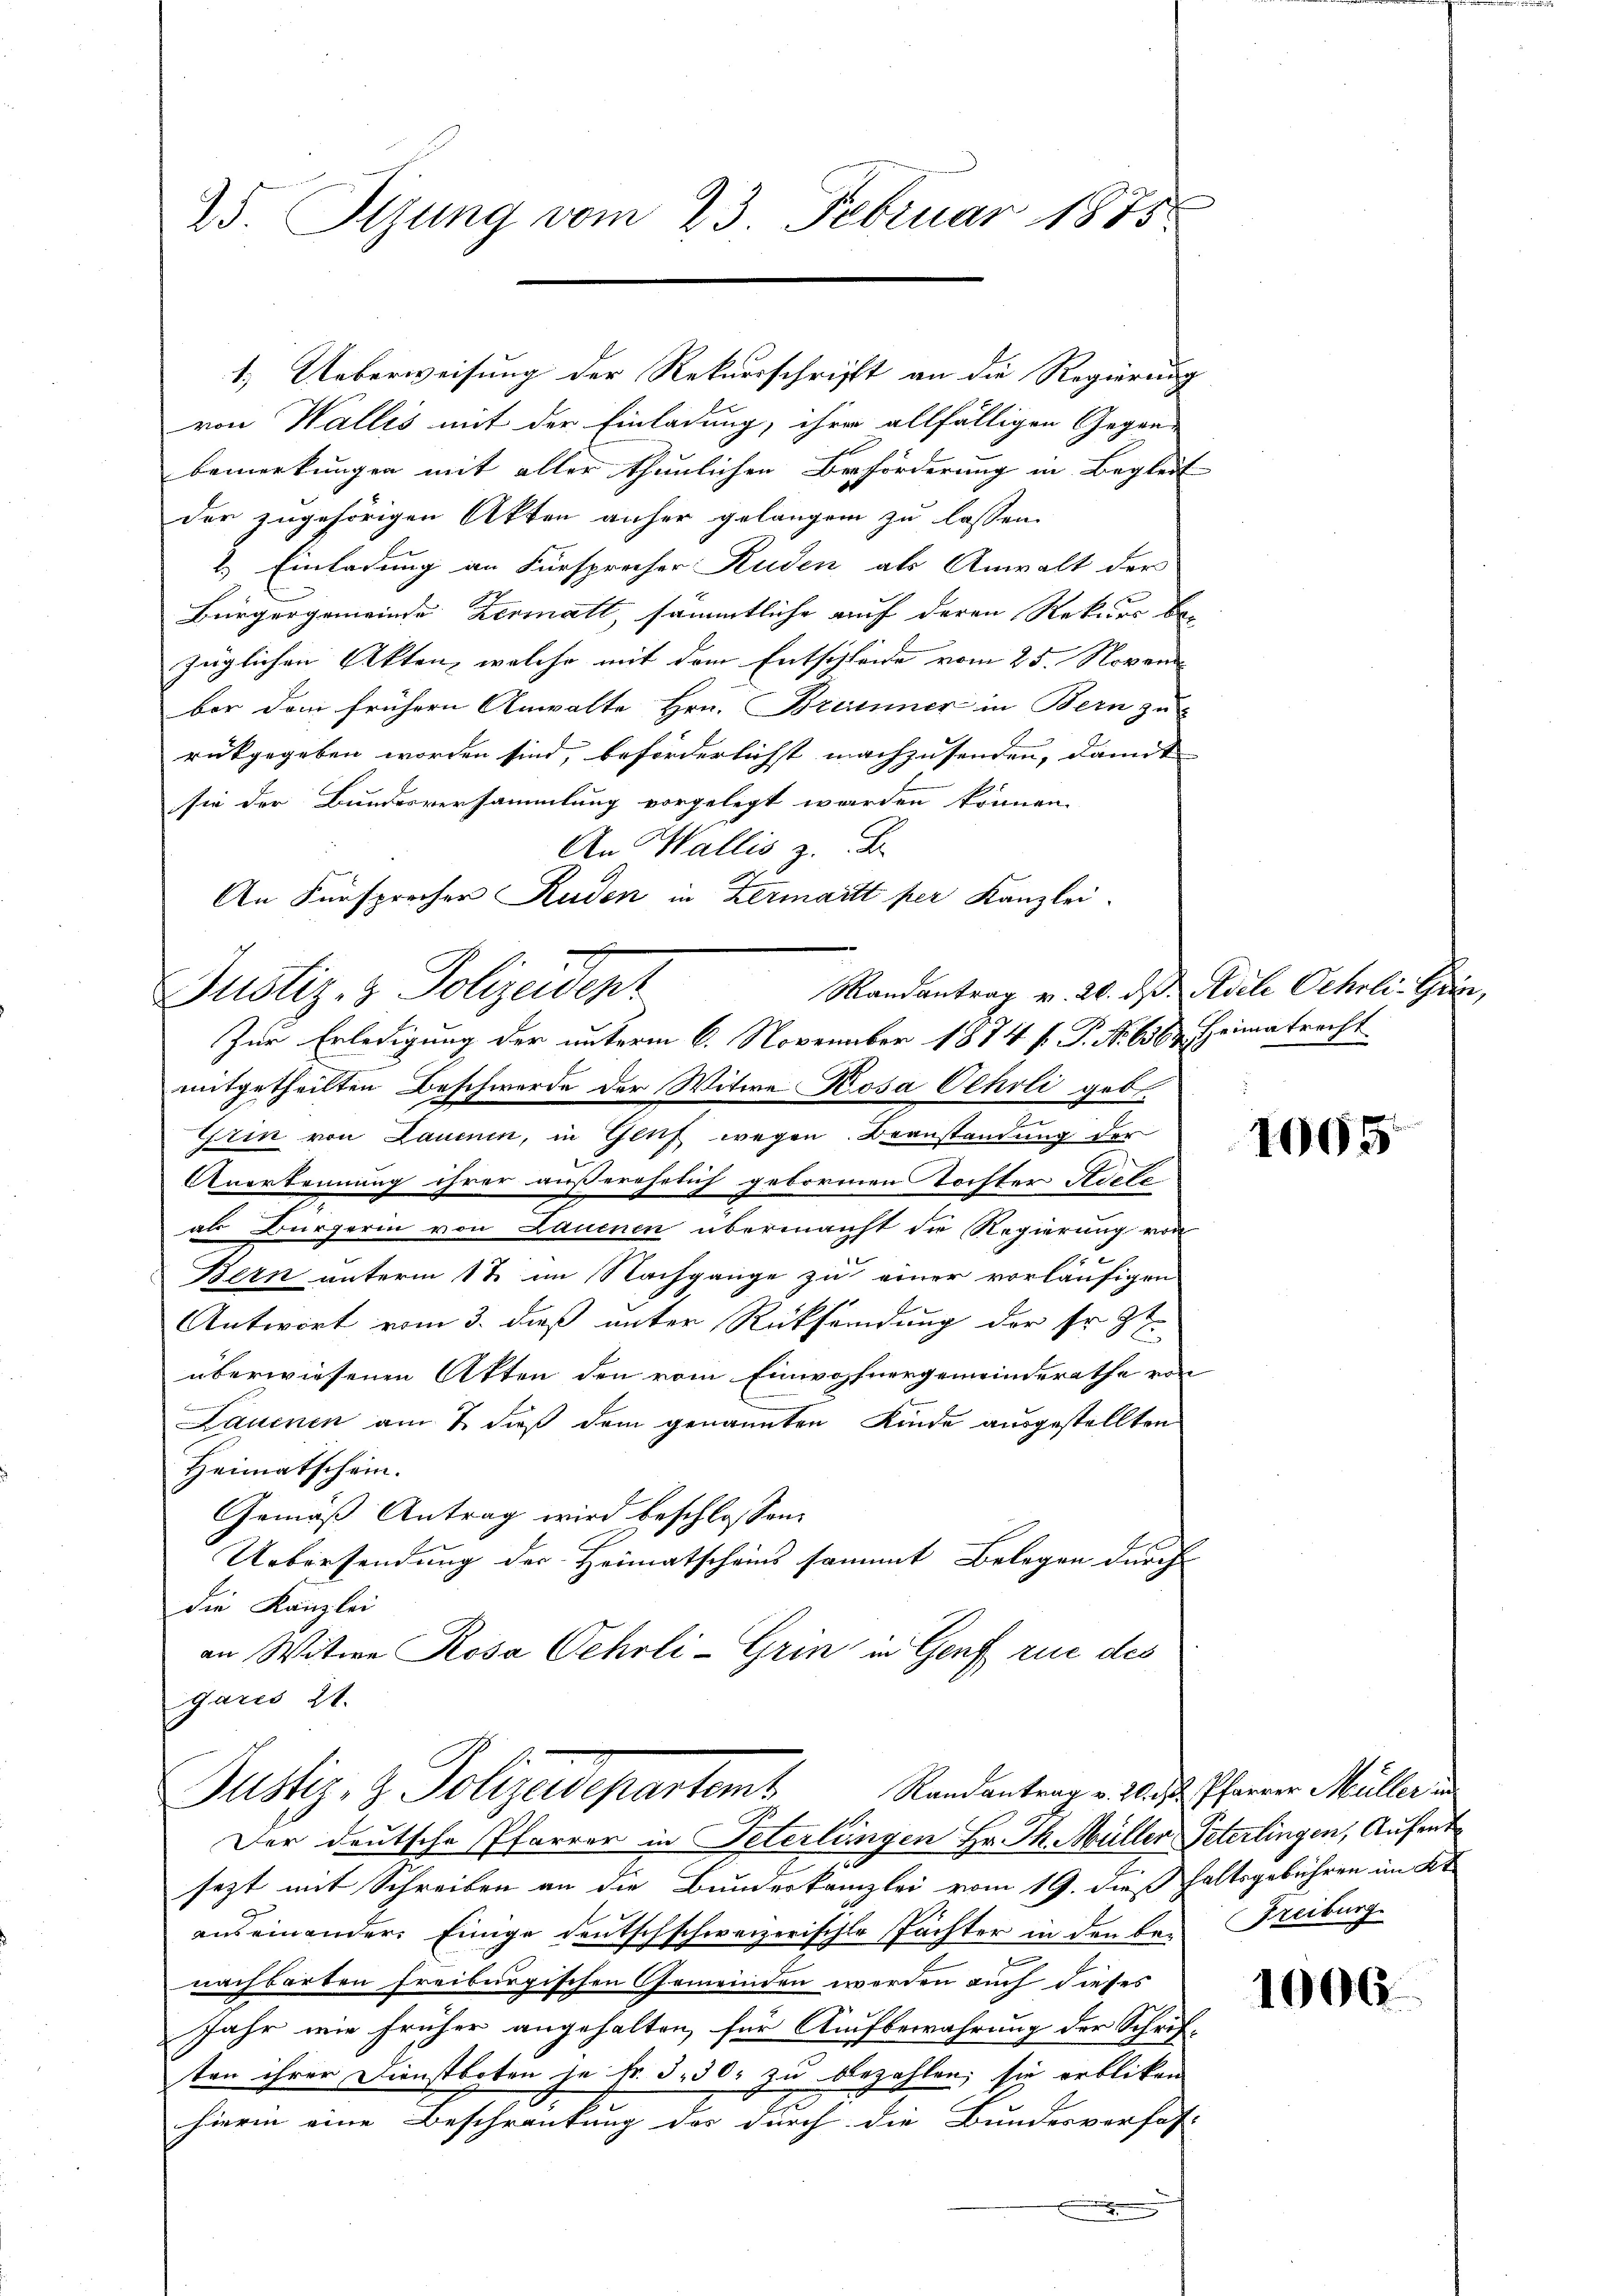
25. Sizung vom 23. Februar 1875.

1.) Ueberweisung der Rekursschrift an die Regierung
von Wallis mit der Einladung, ihre allfälligen Gegen-
bemerkungen mit aller thunlichen Beförderung in Begleit
der zugehörigen Akten anher gelangen zu lassen.
2.) Einladung an Fürsprecher Ruden als Anwalt der
Bürgergemeinde Zermatt, sämmtliche auf deren Rekurs bezüglichen Akten, welche mit dem Entschleide vom 25. Novem
ber dem frühern Anwalte Hrn. Brunner in Bern zu
rückgegeben worden sind, beförderlichst nachzusenden, damit
sie der Bundesversammlung vorgelegt werden können.
An Wallis z. B.
An Fürsprecher Ruden in Zermartt per Kanzlei.
Justiz- & Polizeident
Zur Erledigung der unterm 6. November 1874 f. P. Nr. 636. Heimatrecht.
mitgetheilten Beschwerde der Witwe Kosa Ochsli geb.
.
Grin von Lauenen, in Gluf wegen Beanstandung der
Anerkennung ihrer außerehrlich geborenen Tochter Riete
als Bürgerin von Lauenen übermacht die Regierung von
2
Bern unterm 1 t im Nachgange zu einer vorläufigen
Antwort vom 3. dieß unter Rücksendung der Er St
überwiesenen Akten den vom Einwohnergemeinderathe von
Lauenen am 7. dieß dem genannten Kinde ausgestellten
Heimatschein.
Gemäß Antrag wird beschlossen:
Uebersendung der Heimatscheins sammt Belegen durch
die Kanzlei
an Witwe Rosa Oehrli-Grin in Genf rue des
garis 21.
Randantrag v. Zl. 2 Pfarrer Müller in
Justig. v. Polyedepartemb
Der deutsche Pfarrer in Peterlingen Hr. Th. Müller Peterlingen, Aufent
sezt mit Schreiben an die Bundeskanzlei vom 19. dieß haltsgebühren im Kt
auseinander Einige deutschschweizerischte Pächter in den be- Freiburg
nachbarten freiburgischen Gemeinden werden auch dieses
Jahr wie früher angehalten, für Aufbewahrung der Schriften ihrer Dienstboten je Fr. 3. 30. zu bezahlen; sie erblicken
hierin eine Beschränkung des durch die Bundesverfas
.

Randantrag v. 20. ds Adele Oehrli-Gur,

1065

1006.